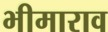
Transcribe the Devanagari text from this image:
भीमाराव